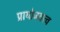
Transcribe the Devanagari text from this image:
प्रायोजक्त्व